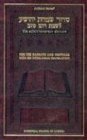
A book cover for The Schottenstein Edition Siddur: Sabbath & Festivals Prayers with an Interlinear Translation; Artscroll/Mesorah; Religion & Spirituality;